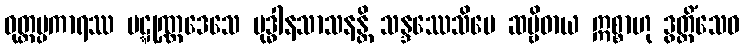
ဝုတ္တပ္ပကာရဿ ပဋ္ဋုဏ္ဏဒေသေ ဗုဒ္ဓါနသာသနန္တိ သန္ဒဿေသိပေ ဆဗ္ဗိဓာယ ဣစ္စာဟု ဒွတ္တိံသေဝ